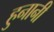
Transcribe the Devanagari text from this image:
हुनानी